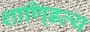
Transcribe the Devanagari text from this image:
शाणि्डल्य